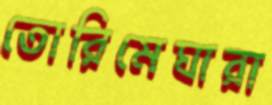
তোরিমেঘারা